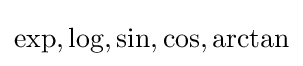
\exp ,\log ,\sin ,\cos ,\arctan